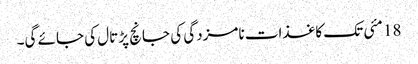
18 مئی تک کاغذات نامزدگی کی جانچ پڑتال کی جائے گی۔